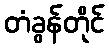
တံခွန်တိုင်